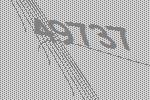
49737